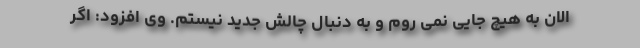
الان به هیچ جایی نمی روم و به دنبال چالش جدید نیستم. وی افزود: اگر